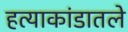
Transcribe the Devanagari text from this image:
हत्याकांडातले